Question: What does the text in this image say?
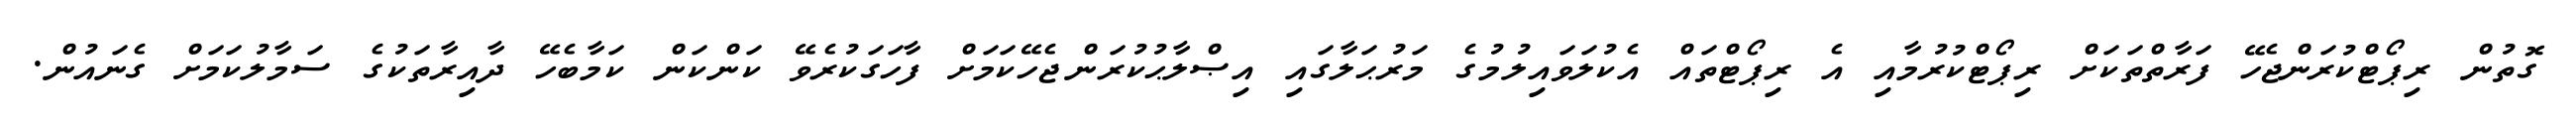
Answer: ގޮތުން ރިޕޯޓްކުރަންޖެހޭ ފަރާތްތަކަށް ރިޕޯޓްކުރުމާއި އެ ރިޕޯޓްތައް އެކުލަވައިލުމުގެ މަރުޙަލާގައި އިޞްލާޙުކުރަންޖެހޭކަމަށް ފާހަގަކުރެވޭ ކަންކަން ކަމާބެހޭ ދާއިރާތަކުގެ ސަމާލުކަމަށް ގެނައުން.